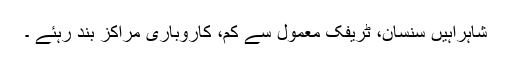
شاہراہیں سنسان، ٹریفک معمول سے کم، کاروباری مراکز بند رہئے ۔